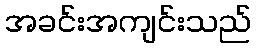
အခင်းအကျင်းသည်